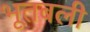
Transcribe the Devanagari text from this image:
भूतबली